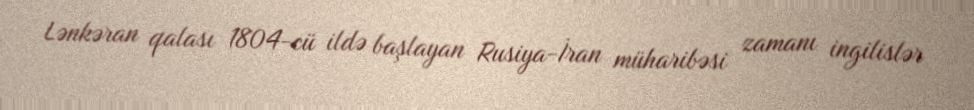
Lənkəran qalası 1804-cü ildə başlayan Rusiya-İran müharibəsi zamanı ingilislər